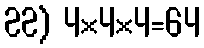
22) 4×4×4=64